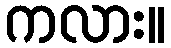
ကလား။